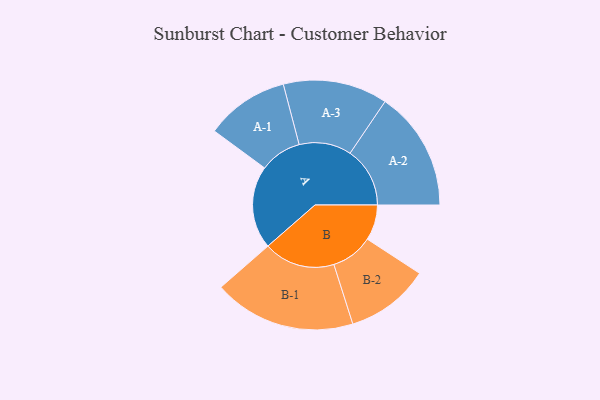
{"axis": {"x": "Segment", "y": "Value"}, "legend": ["", "A", "B"], "data": [{"x": "A", "y": 306, "type": ""}, {"x": "B", "y": 131, "type": ""}, {"x": "A-1", "y": 154, "type": "A"}, {"x": "A-2", "y": 221, "type": "A"}, {"x": "A-3", "y": 193, "type": "A"}, {"x": "B-1", "y": 263, "type": "B"}, {"x": "B-2", "y": 155, "type": "B"}]}